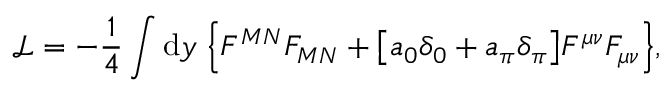
{ \mathcal { L } } = - \frac { 1 } { 4 } \int { \mathrm { d } } y \; \Big \{ F ^ { M N } F _ { M N } + \big [ a _ { 0 } \delta _ { 0 } + a _ { \pi } \delta _ { \pi } \big ] F ^ { \mu \nu } F _ { \mu \nu } \Big \} ,